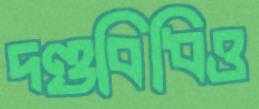
দণ্ডবিধিও